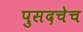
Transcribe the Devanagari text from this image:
पुसदचेच